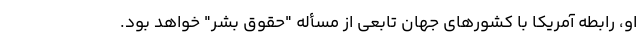
او، رابطه آمریکا با کشورهای جهان تابعی از مسأله "حقوق بشر" خواهد بود.